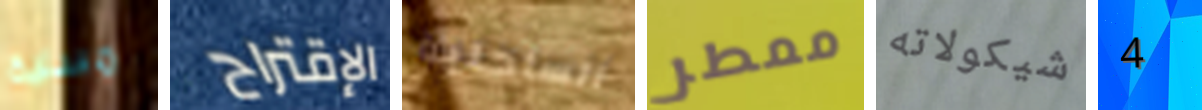
مسلية الإقتراح الساحلية ممطر شيكولاته 4